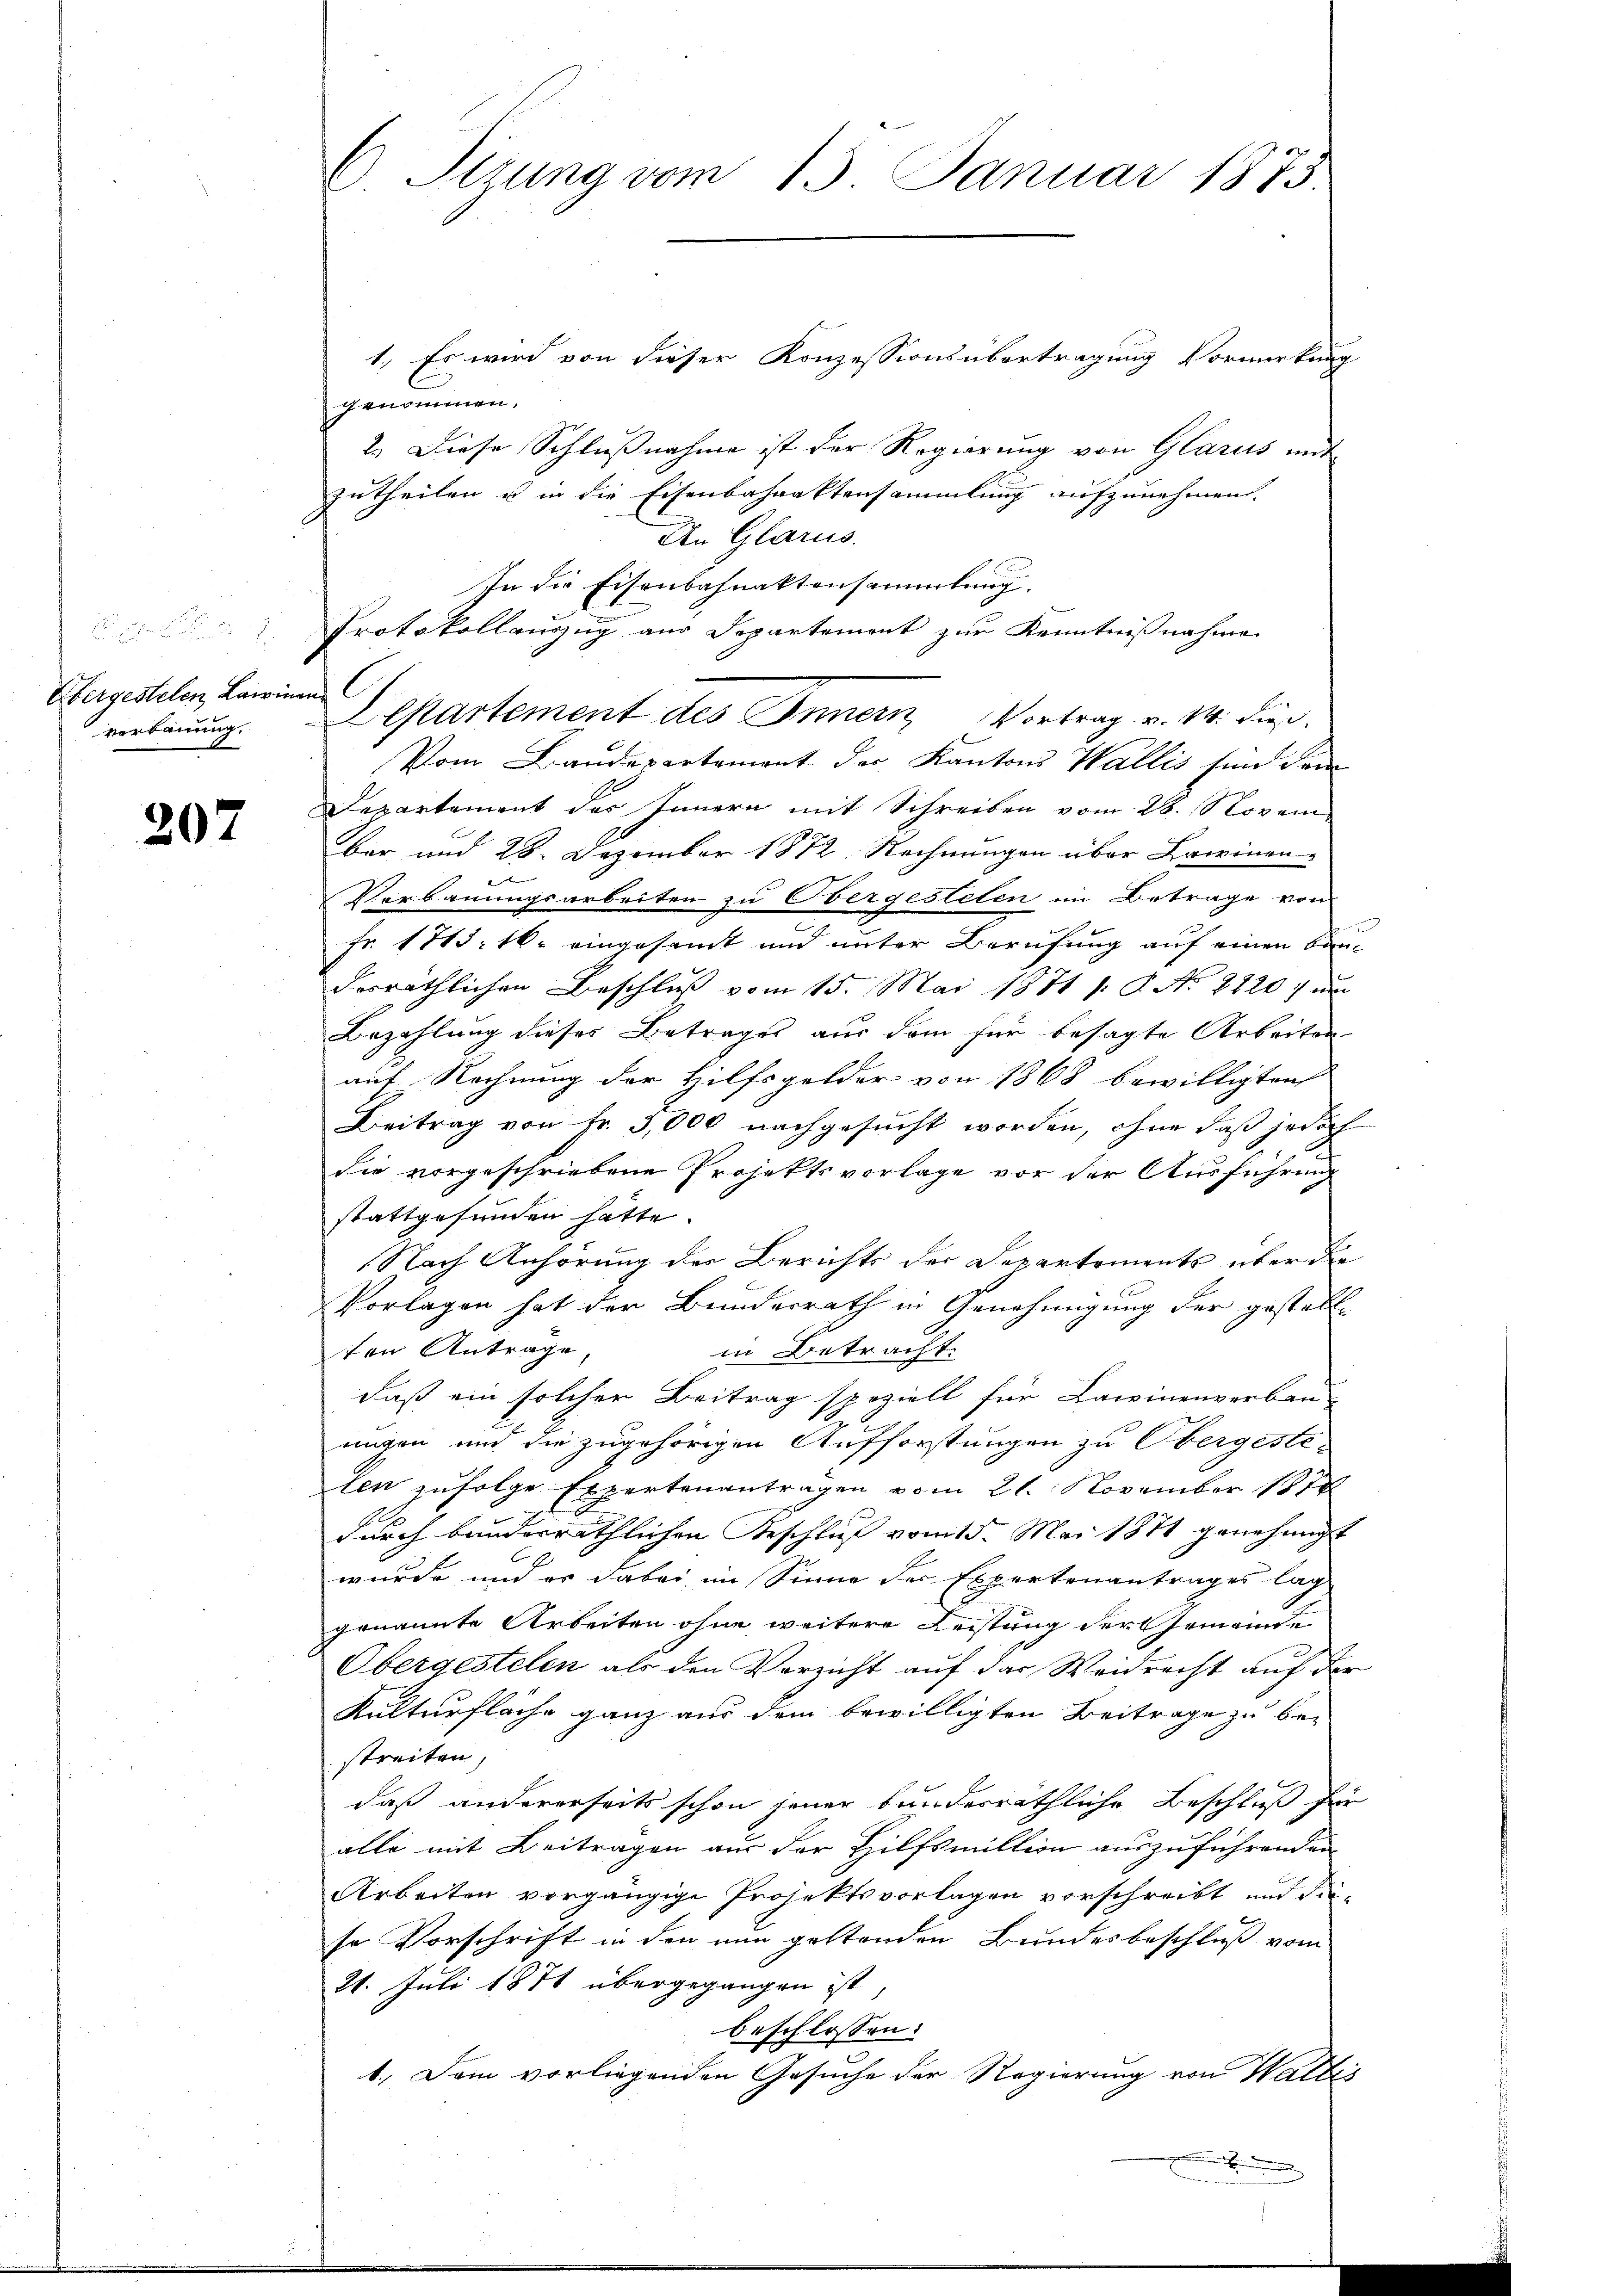
¬
Obergestelen, Lawinen C
verbauung.

207

1. Es wird von dieser Konzessionsübertragung Vormerkung
genommen,
2. Diese Schlußnahme ist der Regierung von Glarus mit
zutheilen u in die Eisenbahnaktensammlung aufzunehmen.
An Glarus.
In die Eisenbahnaktensammlung.
Protokollanzug aus Departement zur Kenntnißnahme
Vom Baudepartement der Kantons Wallis sind dem
Departement des Innern mit Schreiben vom 28. Novembar und 28. Dezember 1872. Rechnungen über Lawinen-

Verbauungsarbeiten zu Obergesteten im Betrage von
Fr. 1775. 16. eingesamt und unter Berufung auf einen Bau-
desräthlichen Beschluß vom 15. Mai 1871 18. No 2820) un
Bezahlung dieses Betrages aus dem für besagte Arbeiten
auf Rechnung der Hilfsgelder von 1868 bewilligten
Beitrag von Fr. 3,000 nachgesucht worden, ohne daß jedoch
die vorgeschriebene Projektsvorlage vor der Ausführung
stattgefunden hatte.
Nach Anhörung der Berichts der Departements über die
Vorlagen hat der Bundesrath in Genehmigung der gestallten Antrage,
in Betracht.
daß ein solcher Beitrag speziell für Lawinenverbau-
ungen und die zugehörigen Aufforstungen zu Obergesteten zufolge Expertenantragen vom 21. November 1878
durch banderräthlichen Beschluß vom 15. Mai 1871 genehmigt
wurde und er dabei im Sinne der Expertenantrages lag
genannte Arbeiten ohne weitere Leistung der Gemeinde
Obergestelen als den Verricht auf das Weidrecht auf der
Kulturfläche ganz aus dem bewilligten Beiträge zu bestreiten,
daß andererseits schon jener bundesräthliche Beschluß für
alle mit Beitragen aus der Hilfsmiltion auszuführenden
Arbeiten vorgängige Projekts vorlagen vorschreibt und dieso Vorschrift in den nun geltenden Bundesbeschluß vom
21. Juli 1871 übergegangen ist
beschlossen:
1.) Dem vorliegenden Gesuche der Regierung von Wallis

C Sirung vom 15. Januar 1875.

Departement des Innern Vortrag v. M. dieß.